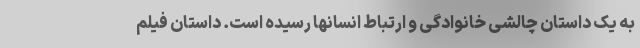
به یک داستان چالشی خانوادگی و ارتباط انسانها رسیده است. داستان فیلم